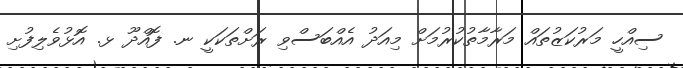
ސިއްހީ މަރުކަޒުތައް މަރާމާތުކުރުމަށް މިއަދު އެއްބަސްވި ރަށްތަކަކީ ނ. ފޮއްދޫ ޅ. އޮޅުވެލިފުށި